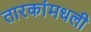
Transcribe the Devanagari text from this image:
तारकांमधली